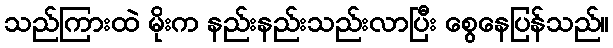
သည်ကြားထဲ မိုးက နည်းနည်းသည်းလာပြီး စွေနေပြန်သည်။